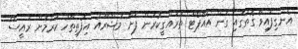
އެނގިފައިވާ ގޮތުގައި ގަން އެއާޕޯޓް ތަރައްގީކުރަން ފަށާ މަޝްރޫއު އިފުތިތާހު ކުރުމަށް ރައީސް